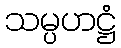
သမ္ပဟဋ္ဌံ